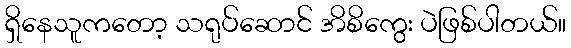
ရှိနေသူကတော့ သရုပ်ဆောင် အိစိကွေး ပဲဖြစ်ပါတယ်။